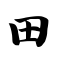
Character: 田